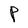
Character: P